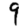
Digit: 9